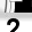
Digit: 2